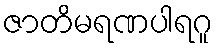
ဇာတိမရဏပါရဂူ